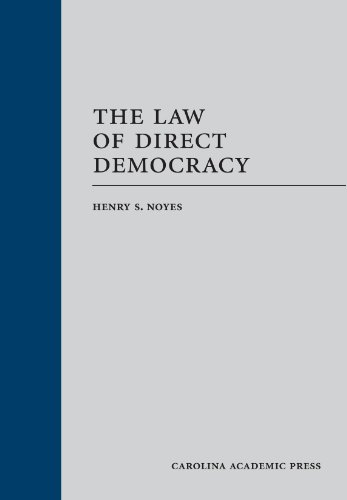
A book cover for The Law of Direct Democracy; Henry S. Noyes; Law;